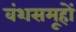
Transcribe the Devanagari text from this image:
वंशसमूहों